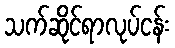
သက်ဆိုင်ရာလုပ်ငန်း